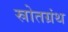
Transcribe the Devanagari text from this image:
स्रोतग्रंथ